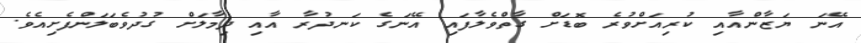
އޭނަ ޔަޒާންއާއި ކުރިއަށްވުރެ ބޮޑަށް ގާތްވެލާފައި އޭނަގެ ކަނދުރާ އާއި ދިމާލަށް ގުދުވެބަލަންފެށިއެވެ.